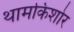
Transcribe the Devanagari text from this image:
थामकिशोर